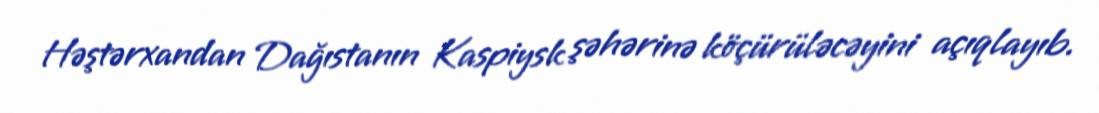
Həştərxandan Dağıstanın Kaspiysk şəhərinə köçürüləcəyini açıqlayıb.